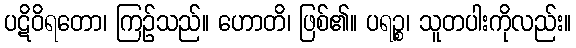
ပဋိဝိရတော၊ ကြဉ်သည်။ ဟောတိ၊ ဖြစ်၏။ ပရဉ္စ၊ သူတပါးကိုလည်း။